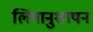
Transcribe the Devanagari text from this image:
लिंगानुशाषन